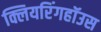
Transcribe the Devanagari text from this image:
क्लियरिंगहॉउस